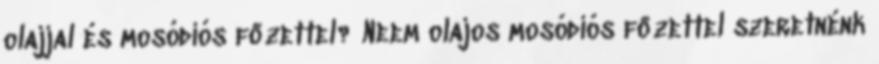
olajjal és mosódiós főzettel? Neem olajos mosódiós főzettel szeretnénk